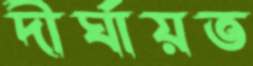
দীর্ঘায়ত